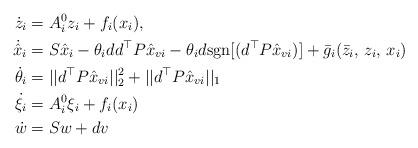
LaTeX: \begin{align*}\dot{z}_i&=A_i^0z_i+f_i(x_i),\\\dot{\hat x}_{i}&=S\hat x_i-\theta_i d d^\top P\hat x_{vi}-\theta_i d\mbox{sgn}[(d^\top P\hat x_{vi})]+\bar g_i(\bar z_i,\,z_i,\,x_i)\\\dot{\theta}_i&=||d^\top P\hat x_{vi}||_2^2+||d^\top P\hat x_{vi}||_1\\\dot{\xi}_i&=A_i^0\xi_i+f_i(x_i)\\\dot{w}&=Sw+dv\end{align*}